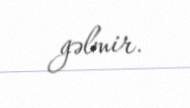
gəlmir.